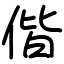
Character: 偕